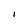
Character: 1